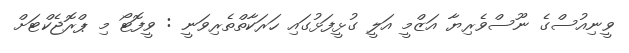
ވީނިއުސްގެ ނޫސްވެރިޔާ އަޒްމީ އަލީ ގުޅީފަޅުގައި ހަރަކާތްތެރިވަނީ : ވީފޮޓޯ މި ޕްރޮޖެކްޓަށް